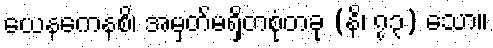
ယေနကေနစိ၊ အမှတ်မရှိတစုံတခု (နိ၊ ၇၃) သော။